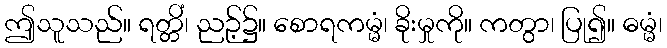
ဤသူသည်။ ရတ္တိံ၊ ညဉ့်၌။ စောရကမ္မံ၊ ခိုးမှုကို။ ကတွာ၊ ပြု၍။ ဓမ္မံ၊